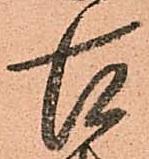
古